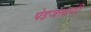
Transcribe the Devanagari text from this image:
पेइजसाठी